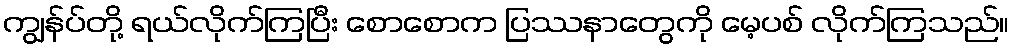
ကျွန်ပ်တို့ ရယ်လိုက်ကြပြီး စောစောက ပြဿနာတွေကို မေ့ပစ် လိုက်ကြသည်။